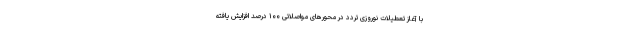
با آغاز تعطیلات نوروزی تردد در محور‌های مواصلاتی ۱۰۰ درصد افزایش یافته